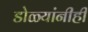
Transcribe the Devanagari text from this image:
डोळ्यांनीही